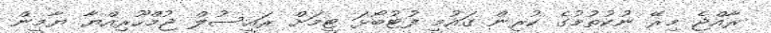
ރާއްޖެ މިރޭ ނުކުތުމުގެ ކުރިން ގައުމީ ފުޓުބޯޅަ ޓީމަށް ރައީސުލް ޖުމްހޫރިއްޔާ ޔާމީން